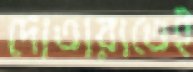
দোতারাতেই